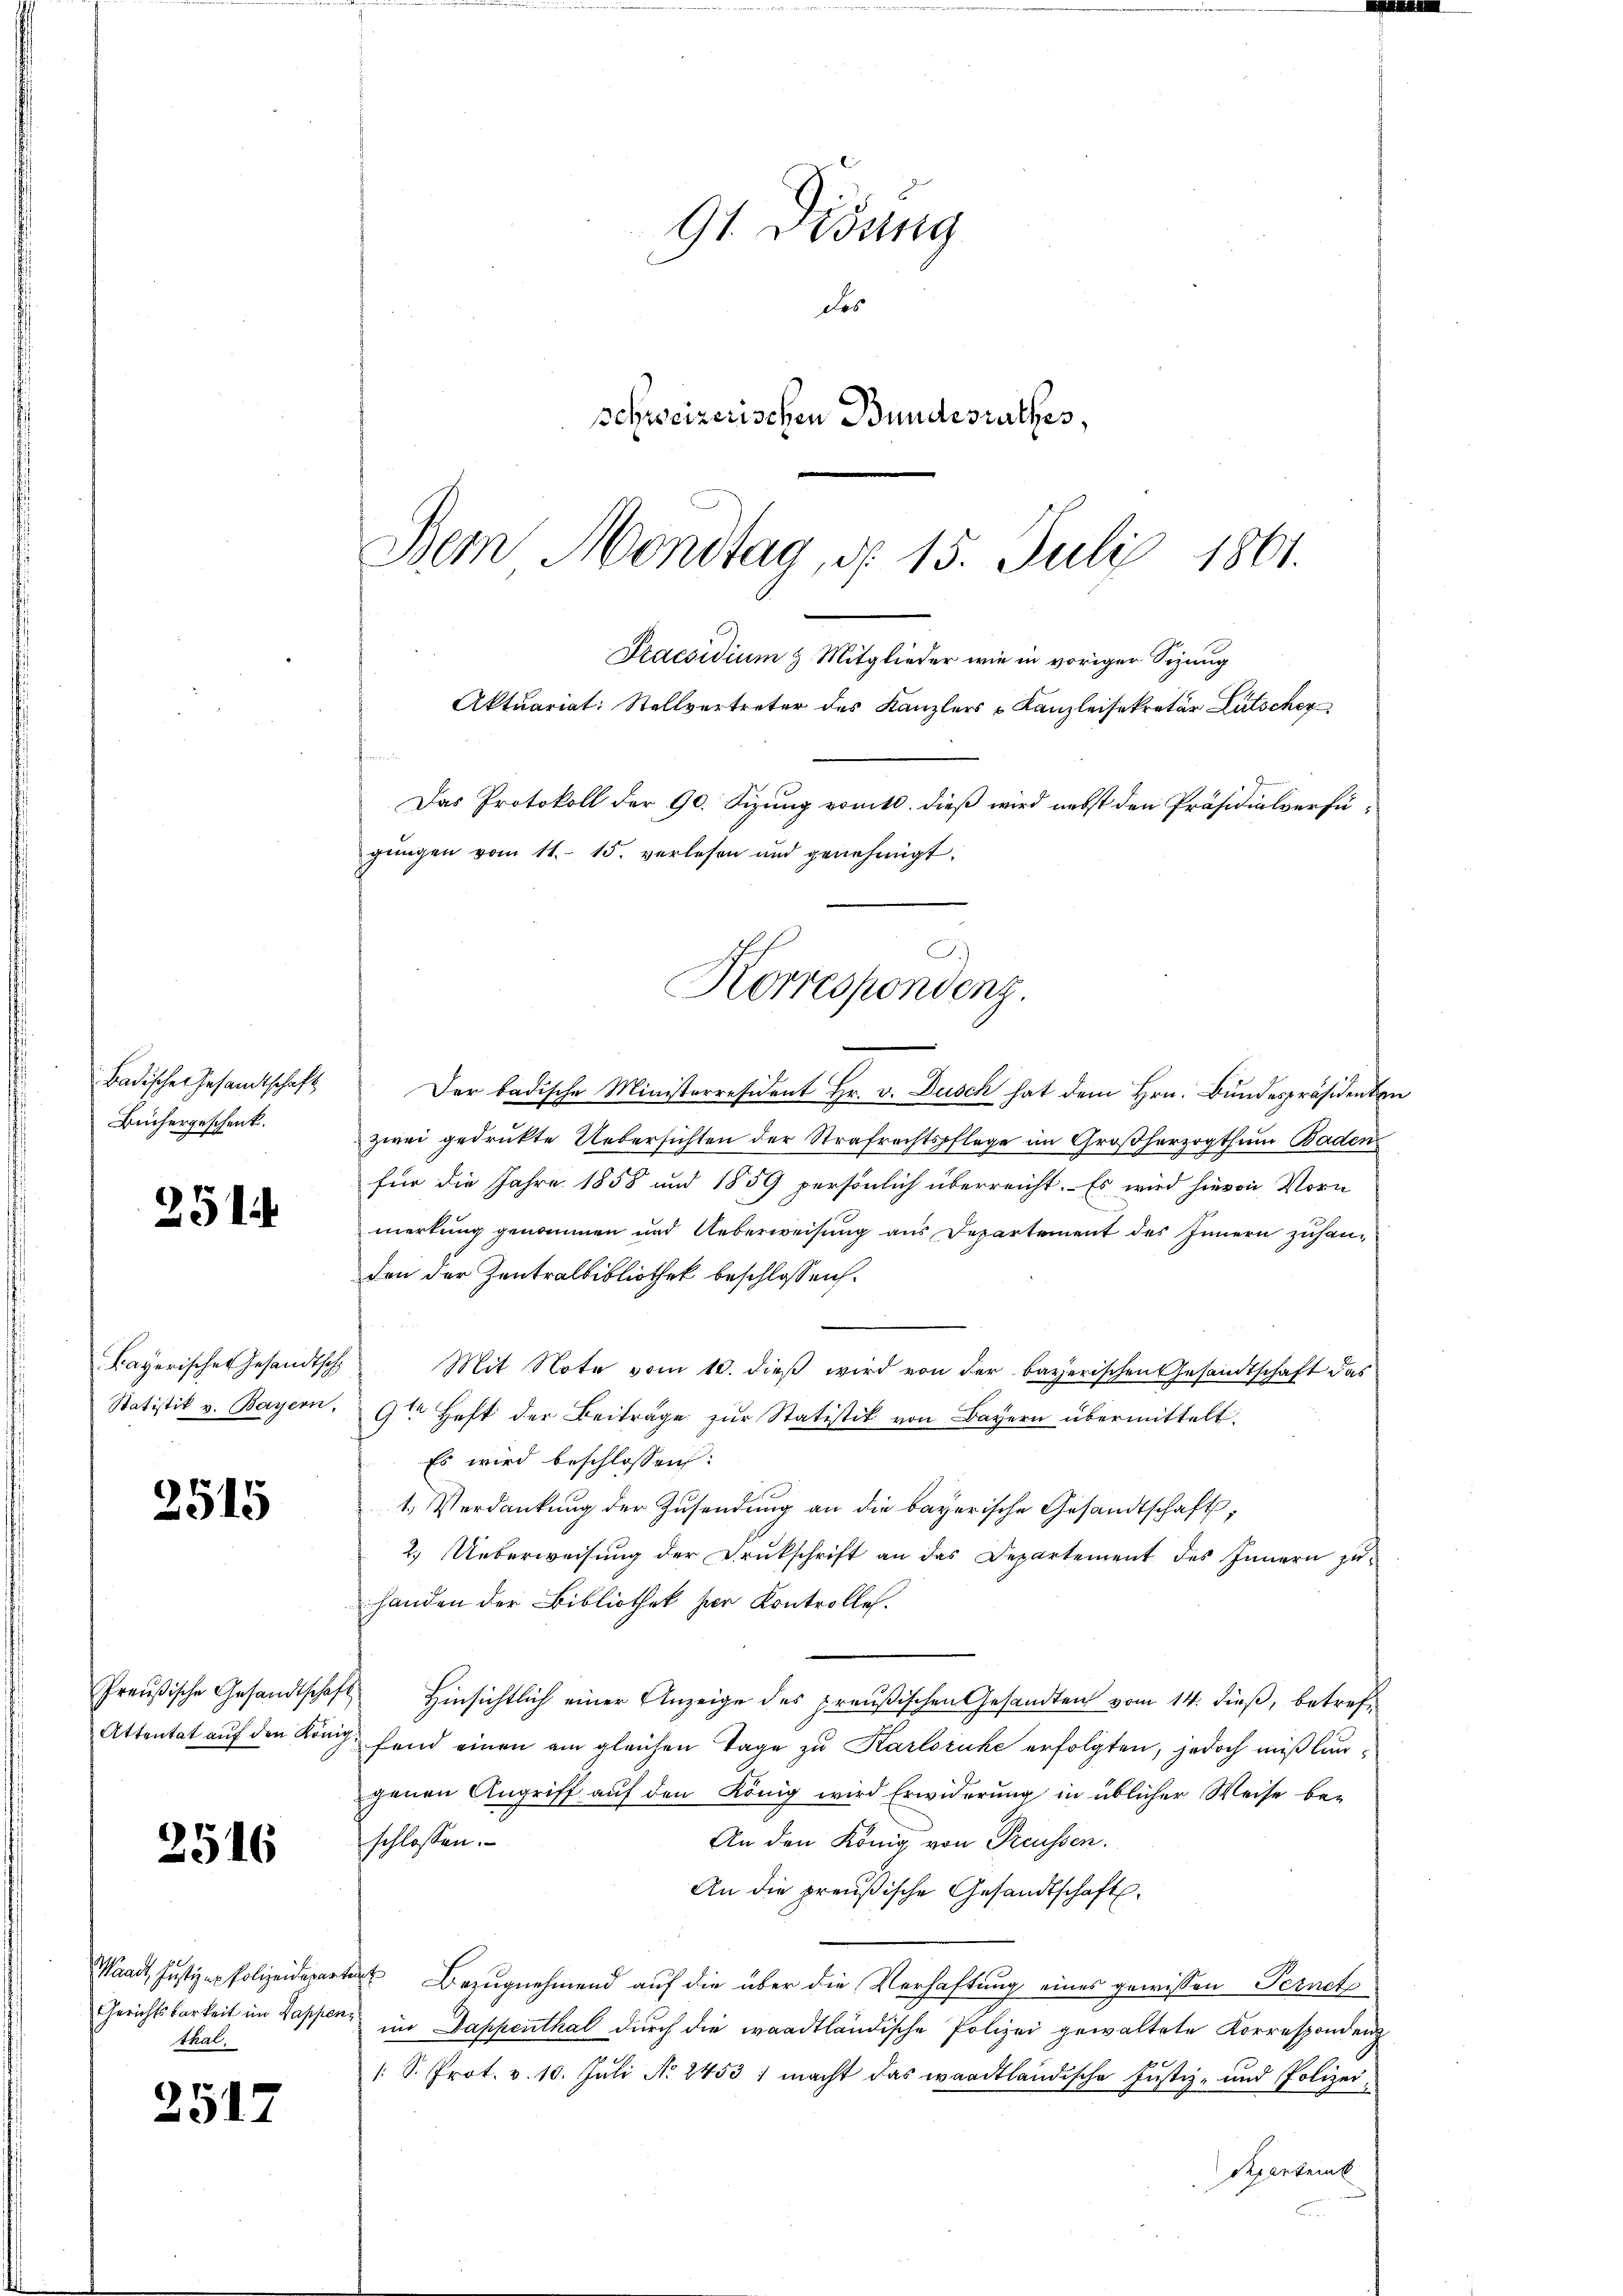
Badischer Gesamtschaft
Büchergeschenk.

91

Bayerisches Gesandtsch
Statistik v. Bayern,

2515

Preußische Gesandtschaft
Attentat auf den König

2516

Munde Justiger Polizeidenen
Gerichtsbarkeit im Kappen
thal.

251.

91 Didung
des
schweizerischen Bundesrathes,
Dem Mondtag, d. 15. Juli 1861.

Praesidium & Mitglieder wie in voriger Sizung
Aktuariat: Stellvertreter des Kanzlers u Kanzleisekretär Lütscher
Das Protokoll der 90. Sizung vom 10. dieß wird nebst den Präsidialverfügŭngen vom 11. 15. verlesen und genehmigt.
J.)
Korrespondenz.

Der badische Ministerresident Hr. v. Dusch hat dem Hrn. Bundespräsidenten
zwei gedrukte Uebersichten der Strafrechtspflege im Großherzogthum Baden
für die Jahre 1858 und 1859 persönlich überreicht. Es wird hievon Vorn
merkung genommen und Ueberweisung aus Departement des Innern zuhanden der Zentralbibliothek beschlossen.
Mit Note vom 10. dieß wird von der bayerischen Gesandtschaft das
9t Heft der Beiträge zur Statistik von Bayern übermittelt.
Es wird beschlossen:
1. Verdankung der Zusendung an die bayerische Gesandtschaft;
2. Ueberweisung der Drukschrift an das Departement des Innern zuhanden der Bibliothek her Kontrolle.
 Hinsichtlich einer Anzeige des preußischen Gesandten vom 14. dieß, betreffend einen am gleichen Tage zu Karlsruhe erfolgten, jedoch mißlungenen Angriff auf den König wird Erwiderung in üblicher Weise be-
An den König von Preussen.
schlossen.
An die preußische Gesandtschaft.
art Bezugnehmend auf die über die Verhaftung eines gewissen Pernet
im Dappenthal durch die waadtländische Polizei gewaltete Korrespondenz
1. S. Prot. v. 10. Juli No 2453 1 macht das waadtländische Justiz- und Polizei-
Reparteink